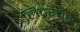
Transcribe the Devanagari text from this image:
लिट्ररेचर